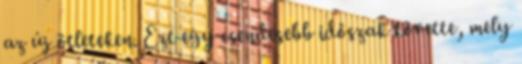
az új ötleteken. Ezt egy csendesebb időszak követte, mely